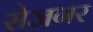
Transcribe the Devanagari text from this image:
रोजगर